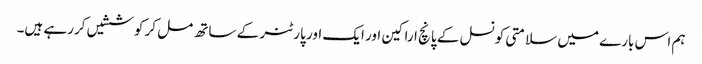
ہم اس بارے میں سلامتی کونسل کے پانچ اراکین اور ایک اور پارٹنر کے ساتھ مل کر کوششیں کررہے ہیں۔